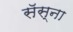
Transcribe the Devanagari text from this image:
सॅस्ना